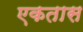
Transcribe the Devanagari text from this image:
एकतास